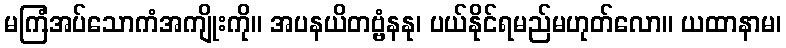
မကြံအပ်သောကံအကျိုးကို။ အပနယိတဗ္ဗံနနု၊ ပယ်နိုင်ရမည်မဟုတ်လော။ ယထာနာမ၊